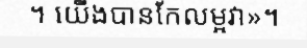
។ យើងបានកែលម្អវា»។